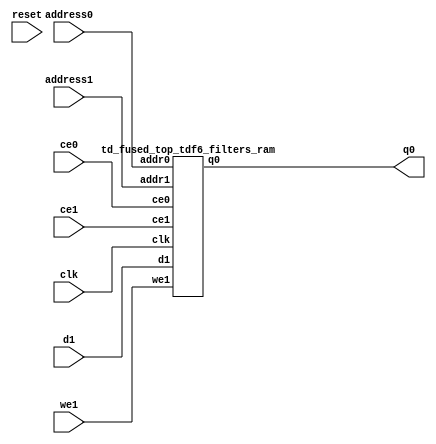
`define EXPONENT 5
`define MANTISSA 10
`define ACTUAL_MANTISSA 11
`define EXPONENT_LSB 10
`define EXPONENT_MSB 14
`define MANTISSA_LSB 0
`define MANTISSA_MSB 9
`define MANTISSA_MUL_SPLIT_LSB 3
`define MANTISSA_MUL_SPLIT_MSB 9
`define SIGN 1
`define SIGN_LOC 15
`define DWIDTH (`SIGN+`EXPONENT+`MANTISSA)
`define IEEE_COMPLIANCE 1

module td_fused_top_tdf6_filters(
    reset,
    clk,
    address0,
    ce0,
    q0,
    address1,
    ce1,
    we1,
    d1);

parameter DataWidth = 32'd16;
parameter AddressRange = 32'd4096;
parameter AddressWidth = 32'd12;
input reset;
input clk;
input[AddressWidth - 1:0] address0;
input ce0;
output[DataWidth - 1:0] q0;
input[AddressWidth - 1:0] address1;
input ce1;
input we1;
input[DataWidth - 1:0] d1;



td_fused_top_tdf6_filters_ram td_fused_top_tdf6_filters_ram_U(
    .clk( clk ),
    .addr0( address0 ),
    .ce0( ce0 ),
    .q0( q0 ),
    .addr1( address1 ),
    .ce1( ce1 ),
    .we1( we1 ),
    .d1( d1 )
);

endmodule
module td_fused_top_tdf6_filters_ram (addr0, ce0, q0, addr1, ce1, d1, we1,  clk);

parameter DWIDTH = 16;
parameter AWIDTH = 12;
parameter MEM_SIZE = 4096;

input[AWIDTH-1:0] addr0;
input ce0;
output wire[DWIDTH-1:0] q0;
input[AWIDTH-1:0] addr1;
input ce1;
input[DWIDTH-1:0] d1;
input we1;
input clk;

 reg [DWIDTH-1:0] ram[MEM_SIZE-1:0];
wire [AWIDTH-1:0] addr0_t0; 
reg [AWIDTH-1:0] addr0_t1; 
reg [DWIDTH-1:0] q0_t0;
reg [DWIDTH-1:0] q0_t1;
wire [AWIDTH-1:0] addr1_t0; 
reg [AWIDTH-1:0] addr1_t1; 
wire [DWIDTH-1:0] d1_t0; 
wire we1_t0; 
reg [DWIDTH-1:0] d1_t1; 
reg we1_t1; 


assign addr0_t0 = addr0;
assign q0 = q0_t1;
assign addr1_t0 = addr1;
assign d1_t0 = d1;
assign we1_t0 = we1;

always @(posedge clk)  
begin
    if (ce0) 
    begin
        addr0_t1 <= addr0_t0; 
        q0_t1 <= q0_t0;
    end
    if (ce1) 
    begin
        addr1_t1 <= addr1_t0; 
        d1_t1 <= d1_t0;
        we1_t1 <= we1_t0;
    end
end


always @(posedge clk)  
begin 
    if (ce0) begin
        q0_t0 <= ram[addr0_t1];
    end
end


always @(posedge clk)  
begin 
    if (ce1) begin
        if (we1_t1) 
            ram[addr1_t1] <= d1_t1; 
    end
end


endmodule